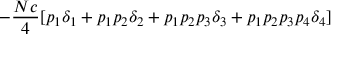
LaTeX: - { \frac { N c } { 4 } } [ p _ { 1 } \delta _ { 1 } + p _ { 1 } p _ { 2 } \delta _ { 2 } + p _ { 1 } p _ { 2 } p _ { 3 } \delta _ { 3 } + p _ { 1 } p _ { 2 } p _ { 3 } p _ { 4 } \delta _ { 4 } ]